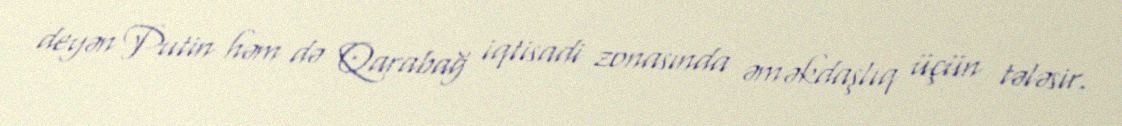
deyən Putin həm də Qarabağ iqtisadi zonasında əməkdaşlıq üçün tələsir.